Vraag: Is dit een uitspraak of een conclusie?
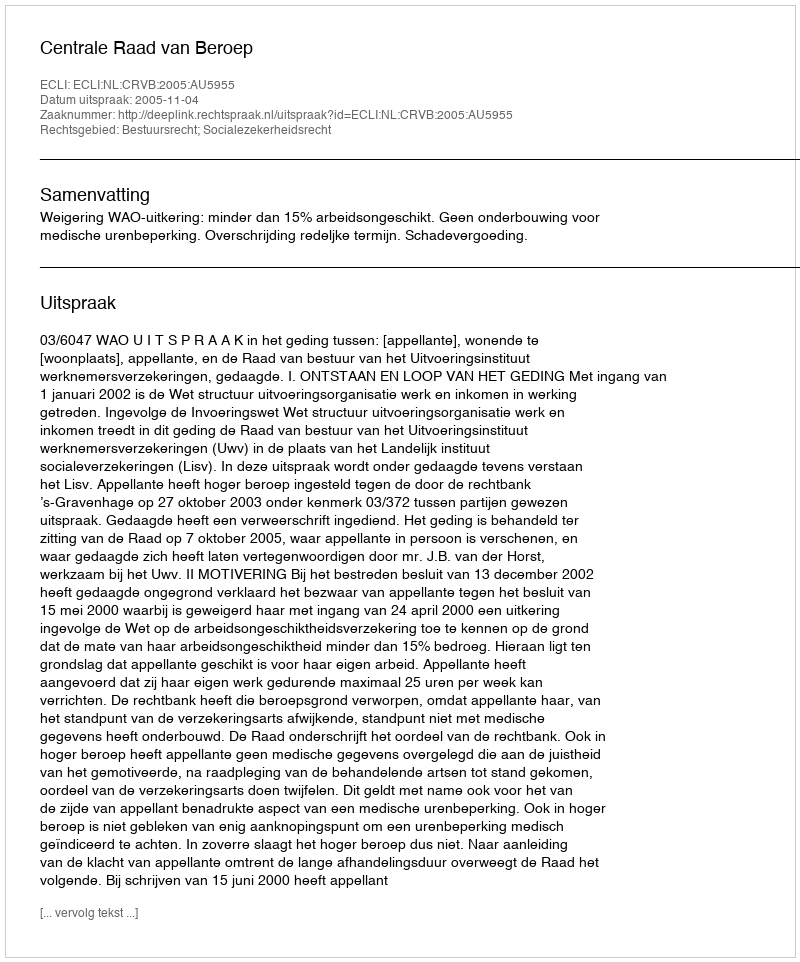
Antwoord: Uitspraak